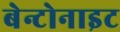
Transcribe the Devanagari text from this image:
बेन्टोनाइट